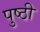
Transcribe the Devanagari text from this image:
पुष्ठी